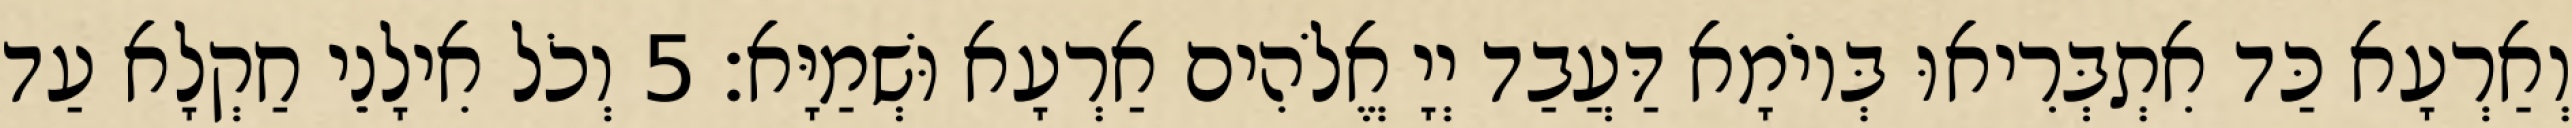
וְאַרְעָא כַּד אִתְבְּרִיאוּ בְּיוֹמָא דַּעֲבַד יְיָ אֱלֹהִים אַרְעָא וּשְׁמַיָּא׃ 5 וְכֹל אִילָנֵי חַקְלָא עַד